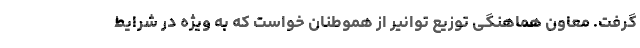
گرفت. معاون هماهنگی توزیع توانیر از هموطنان خواست که به ویژه در شرایط